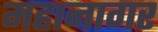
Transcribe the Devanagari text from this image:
महानागर